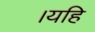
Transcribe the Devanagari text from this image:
।यहि